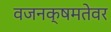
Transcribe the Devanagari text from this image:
वजनक्षमतेवर